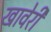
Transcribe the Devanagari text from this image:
खावेरी